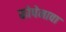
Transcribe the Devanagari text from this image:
कोपेनावा